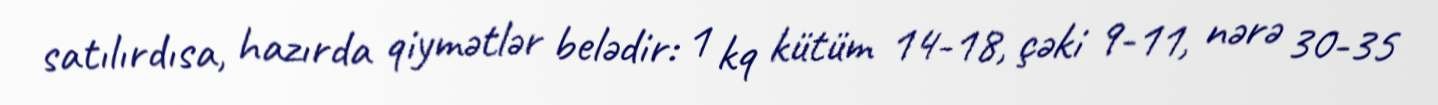
satılırdısa, hazırda qiymətlər belədir: 1 kq kütüm 14-18, çəki 9-11, nərə 30-35